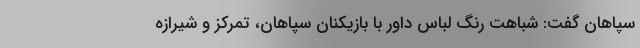
سپاهان گفت: شباهت رنگ لباس داور با بازیکنان سپاهان، تمرکز و شیرازه